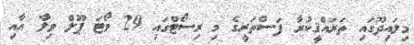
މިލައިދޫގައި ތަރައްޤީކުރާ ފަސްތަރީގެ މި ރިސޯޓްގައި 29 ވޯޓަ ޕޫލް ވިލާ އާއި